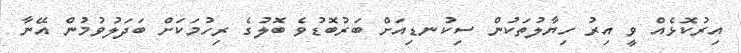
އިރުކޮޅެއް ވީ އިރު ހިޔާލުތަކުން ސިކުނޑިއަށް ބަރުބޮޑުވެ ބޮލުގެ ރިހުމަކަށް ބަދަލުވުމުން އޭނާ